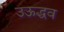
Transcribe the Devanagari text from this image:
उऊद्धव